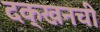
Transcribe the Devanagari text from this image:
दक्खनची